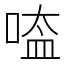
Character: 㗐